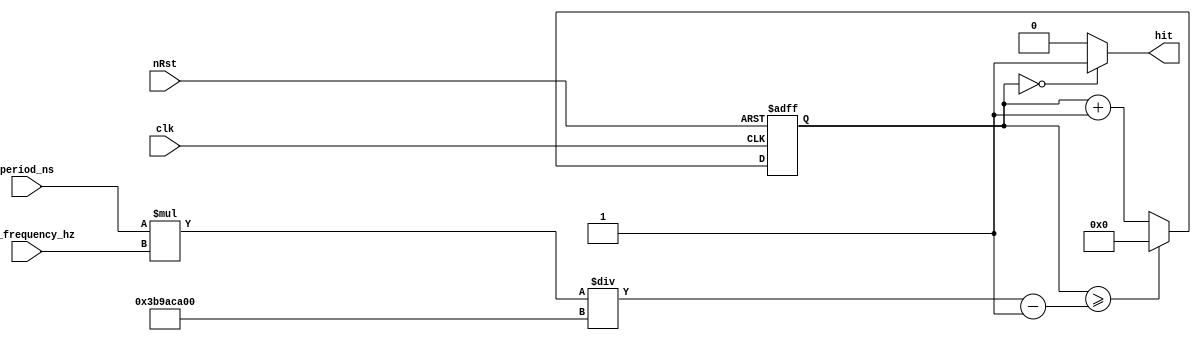
module timer(
	input	            clk,
	input	            nRst,            
   input    [31:0]   period_ns,           // Required output period in us
   input    [31:0]   clk_frequency_hz,    // Freqeuncy of input 'clk'
   output            hit                  // High for one clock cycle with required period     
);

   reg   [63:0]   count;
	wire  [63:0]   top;

   assign hit  = (count == 32'b0) ? 1'b1 : 1'b0; 
   assign top  = (((period_ns * clk_frequency_hz)/32'd1000000000) - 1);

   always@(posedge clk or negedge nRst) begin
		if(!nRst) begin
		   count <= 32'd0;                                 // Reset to known state
		end else begin
         if(count >= top)     count <= 32'd0;            // On overlap reset counter
         else                 count <= count + 32'd1;    // Count
		end
	end
endmodule